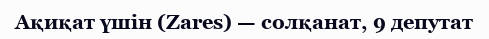
Ақиқат үшін (Zares) — солқанат, 9 депутат